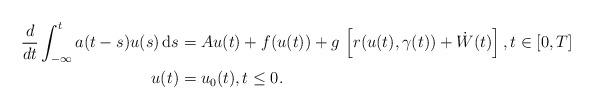
LaTeX: \begin{align*} \begin{aligned} \frac{d}{dt} \int_{-\infty}^t a(t-s)u(s) \, {\rm d}s &= A u(t) + f(u(t)) + g\, \left[r(u(t),\gamma(t)) + \dot W(t)\right], t \in [0,T] \\ u(t) &= u_0(t), t \le 0. \end{aligned} \end{align*}